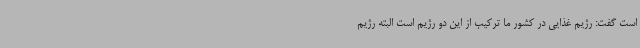
است گفت: رژیم غذایی در کشور ما ترکیب از این دو رژیم است البته رژیم